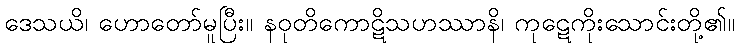
ဒေသယိ၊ ဟောတော်မူပြီး။ နဝုတိကောဋိသဟဿာနိ၊ ကုဋေကိုးသောင်းတို့၏။